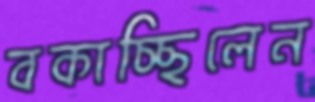
বকাচ্ছিলেন